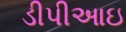
ડીપીઆઇ